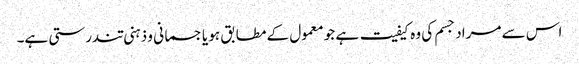
اس سے مراد جسم کی وہ کیفیت ہے جو معمول کے مطابق ہو یا جسمانی و ذہنی تندرستی ہے۔